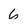
Character: 6